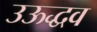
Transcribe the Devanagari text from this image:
उऊद्धव